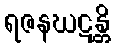
ရဇနဃဋန္တိ